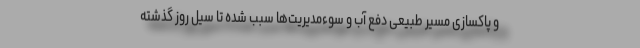
و پاکسازی مسیر طبیعی دفع آب و سوءمدیریت‌ها سبب شده تا سیل روز گذشته